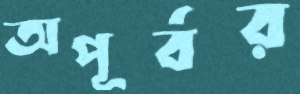
অপূর্বর